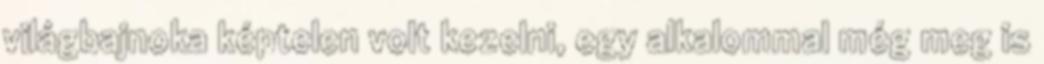
világbajnoka képtelen volt kezelni, egy alkalommal még meg is